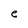
Character: e